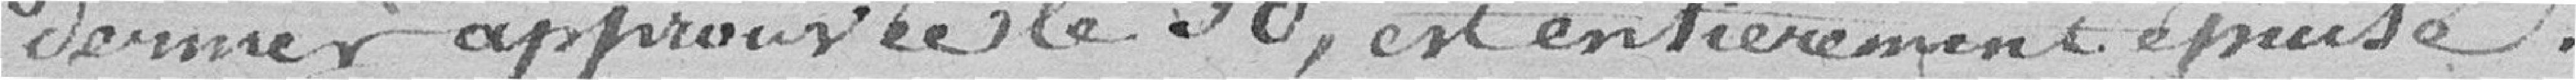
dernier approuvé le 30, est entièrement épuisé.